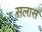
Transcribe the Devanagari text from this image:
सलास